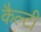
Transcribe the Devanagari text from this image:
कैल्टी